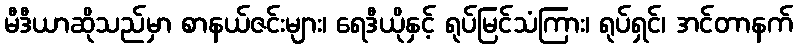
မီဒီယာဆိုသည်မှာ စာနယ်ဇင်းများ၊ ရေဒီယိုနှင့် ရုပ်မြင်သံကြား၊ ရုပ်ရှင်၊ အင်တာနက်